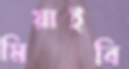
মিয়াইবি